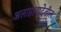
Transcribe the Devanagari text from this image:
अलाहाबादेतील